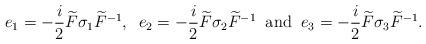
LaTeX: \begin{align*} e_1 = - \frac{i}{2} \widetilde F\sigma_1\widetilde F^{-1}, \;\; e_2 = -\frac{i}{2} \widetilde F\sigma_2\widetilde F^{-1} \;\; \mbox{and}\;\; e_3 = - \frac{i}{2} \widetilde F\sigma_3\widetilde F^{-1}.\end{align*}